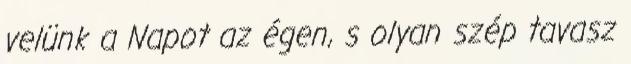
velünk a Napot az égen, s olyan szép tavasz